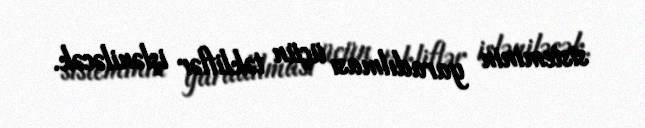
sisteminin yaradılması üçün təkliflər işləniləcək.